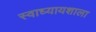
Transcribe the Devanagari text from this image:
स्वाध्यायशाला